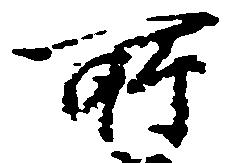
所